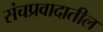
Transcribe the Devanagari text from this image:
संचप्रवादातील